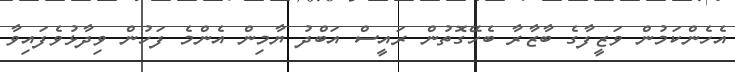
އެހެންކަމުން ވަޒީފާގެ ބާޒާރާ ބެހޭގޮތުން ރައީސް އަބްދު ޔާމިން އެންމެ ފަހުން ވިދާޅުވެފައިވާ